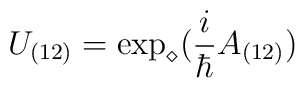
U_{(12)} = \exp_{\diamond } (\frac{i}{\hbar }A_{(12)})